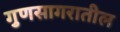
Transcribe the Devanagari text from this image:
गुणसागरातील